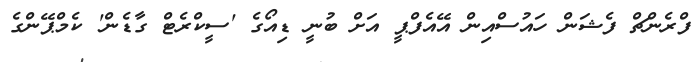
ފްރެންޗް ފެޝަން ހައުސްއިން އޭއެފްޕީ އަށް ބުނީ ޑިއޯގެ 'ސީކްރެޓް ގާޑެން' ކެމްޕޭންގެ